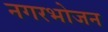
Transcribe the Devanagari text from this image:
नगरभोजन